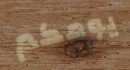
يومكم